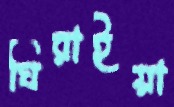
ঘিরাইয়া